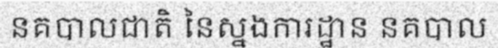
នគបាលជាតិ នៃស្នងការដ្ឋាន នគបាល